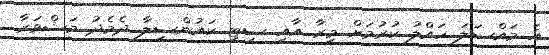
އެ މައްސަލަ ހައްލު ކުރުމަށް މީރާ އާއި ސިޓީ ކައުންސިލާ ދެމެދު މަޝްވަރާ